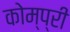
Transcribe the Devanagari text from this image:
कोम्प्री